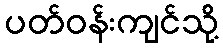
ပတ်ဝန်းကျင်သို့